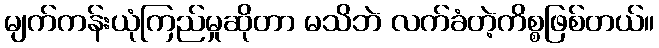
မျက်ကန်းယုံကြည်မှုဆိုတာ မသိဘဲ လက်ခံတဲ့ကိစ္စဖြစ်တယ်။